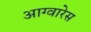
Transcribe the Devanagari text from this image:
आग्वारेस